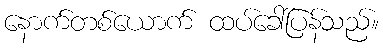
နောက်တစ်ယောက် ထပ်ခေါ်ပြန်သည်။